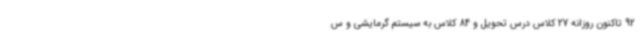
92 تاکنون روزانه 27 کلاس درس تحویل و 84 کلاس به سیستم گرمایشی و س